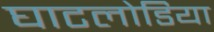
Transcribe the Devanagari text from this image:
घाटलोडिया